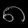
Digit: ၈